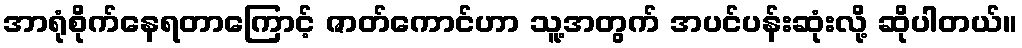
အာရုံစိုက်နေရတာကြောင့် ဇာတ်ကောင်ဟာ သူ့အတွက် အပင်ပန်းဆုံးလို့ ဆိုပါတယ်။